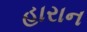
હારાન